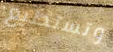
وتستطيع